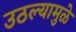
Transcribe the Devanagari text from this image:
उठल्यामुळे